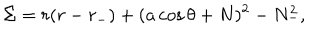
\Sigma = r ( r - r _ { - } ) + ( a \cos \theta + N ) ^ { 2 } - N _ { - } ^ { 2 } ,